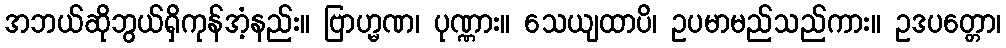
အဘယ်ဆိုဘွယ်ရှိကုန်အံ့နည်း။ ဗြာဟ္မဏ၊ ပုဏ္ဏား။ သေယျထာပိ၊ ဥပမာမည်သည်ကား။ ဥဒပတ္တော၊